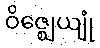
ဝိဇ္ဈေယျုံ